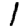
Digit: 1